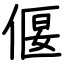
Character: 偃